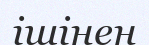
ішінен